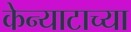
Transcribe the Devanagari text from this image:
केन्याटाच्या